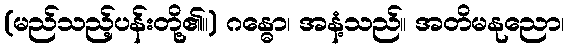
(မည်သည့်ပန်းတို့၏။) ဂန္ဓော၊ အနံ့သည်။ အတိမနုညော၊